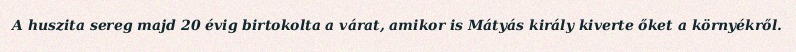
A huszita sereg majd 20 évig birtokolta a várat, amikor is Mátyás király kiverte őket a környékről.